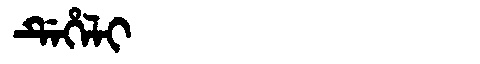
Manchu: ᡩᡝᡥᡝᠯᡳ
Romanization: DEHELI